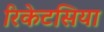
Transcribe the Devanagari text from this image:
रिकेटसिया